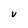
Character: V